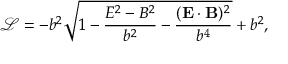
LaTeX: { \mathcal { L } } = - b ^ { 2 } { \sqrt { 1 - { \frac { E ^ { 2 } - B ^ { 2 } } { b ^ { 2 } } } - { \frac { ( \mathbf { E } \cdot \mathbf { B } ) ^ { 2 } } { b ^ { 4 } } } } } + b ^ { 2 } ,